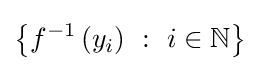
\left\{f^{-1}\left(y_{i}\right)~:~i\in \mathbb {N} \right\}